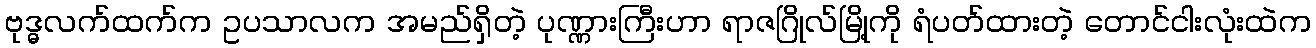
ဗုဒ္ဓလက်ထက်က ဥပသာလက အမည်ရှိတဲ့ ပုဏ္ဏားကြီးဟာ ရာဇဂြိုလ်မြို့ကို ရံပတ်ထားတဲ့ တောင်ငါးလုံးထဲက